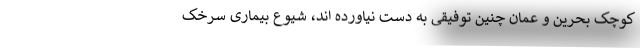
کوچک بحرین و عمان چنین توفیقی به دست نیاورده اند، شیوع بیماری سرخک